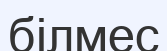
білмес